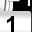
Digit: 1